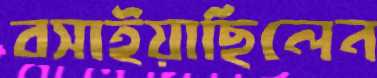
বসাইয়াছিলেন